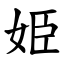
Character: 姫